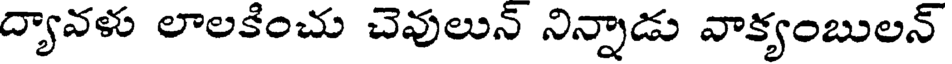
ద్యావళు లాలకించు చెవులున్ నిన్నాడు వాక్యంబులన్